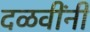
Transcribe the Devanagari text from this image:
दळवींनी